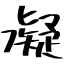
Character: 凝